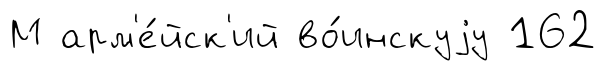
М арм'е́йск'ий во́инскуjу 162